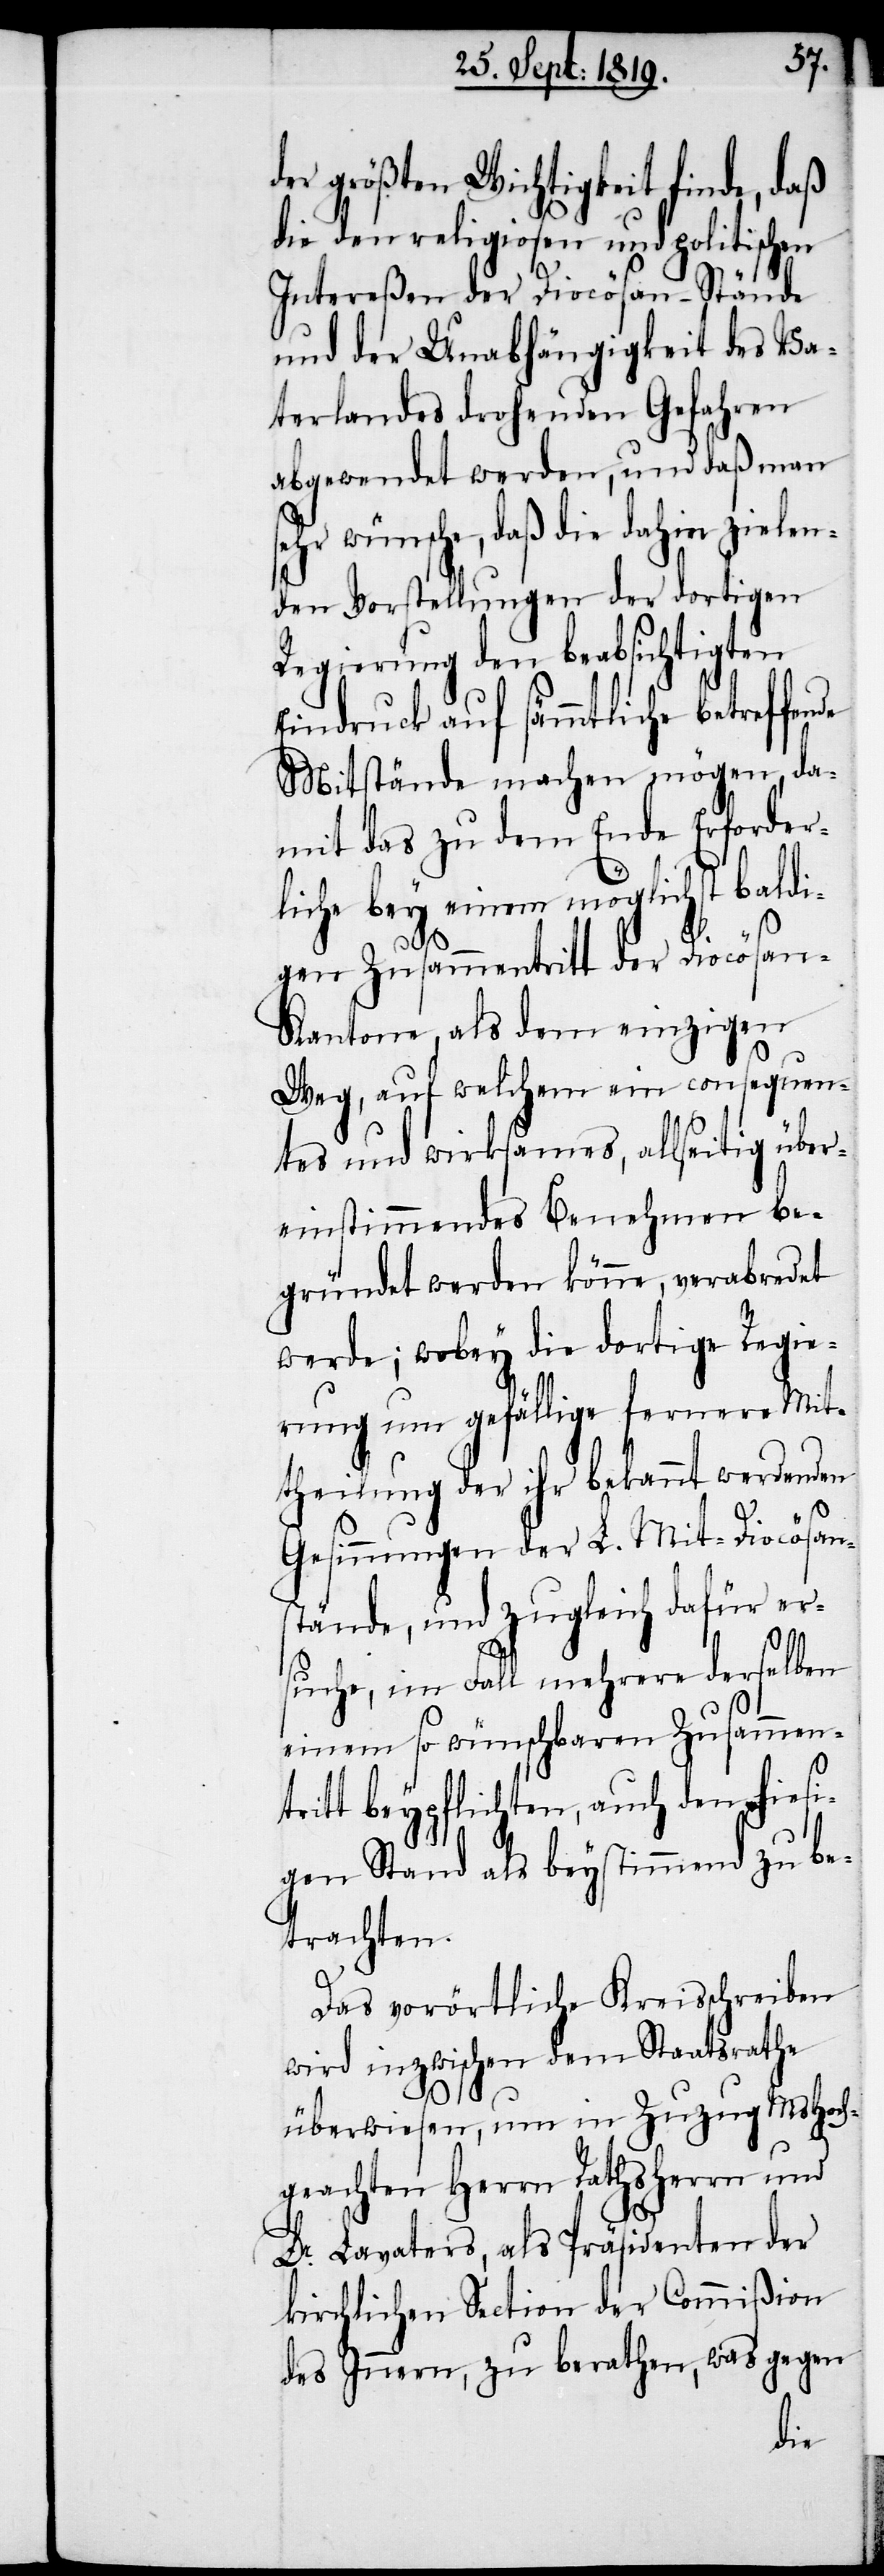
der größten Wichtigkeit finde, daß
die den religiosen und politischen
Intereßen der Diocösan-Stände
und der Unabhängigkeit des Va¬
terlandes drohenden Gefahren
abgewendet werden, und daß man
ehr wünsche, daß die dahin zielen¬
den Vorstellungen der dortigen
Regierung den beabsichtigten
Eindruck auf sämmtliche betreffen¬
Mitstände machen mögen, da¬
mit das zu dem Ende Erforder¬
liche bey einem möglichst baldi¬
gen Zusammentritt der Diocösan-K¬
antone, als dem einzigen
Weg, auf welchem ein consequen¬
tes und wirksames, allseitig über¬
einstimmendes Benehmen be¬
gründet werden könne, verabredet
werde; wobey die dortige Regie¬
rung um gefällige fernere Mit¬
theilung der ihr bekannt werdenden
Gesinnungen der L. Mit-Diocösan¬
stände, und zugleich dafür er¬
s¬
suche, im Fall mehrere derselben
einem so wünchbaren Zusamment¬
ritt beypflichten, auch den hiesi¬
gen Stand als beystimmend zu be¬
trachten.
Das vorörtliche Kreisschreiben
wird inzwischen dem Staatsrathe
überwiesen, um in Zuzug MsHoch¬
geachten Herrn Rathsherrn und
Dr. Lavaters, als Präsidenten der
kirchlichen Section der Commißion
des Innern, zu berathen, was gegen
de